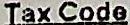
TAX CODE